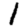
Digit: 1